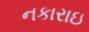
નકારાઇ